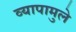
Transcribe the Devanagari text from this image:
व्यापामुले